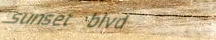
sunset blvd